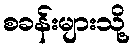
စခန်းများသို့